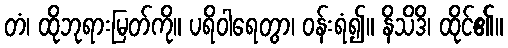
တံ၊ ထိုဘုရားမြတ်ကို။ ပရိဝါရေတွာ၊ ဝန်းရံ၍။ နိသိဒိ၊ ထိုင်၏။